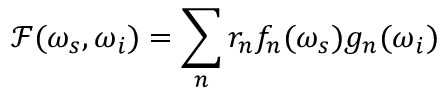
\mathcal { F } ( \omega _ { s } , \omega _ { i } ) = \sum _ { n } r _ { n } f _ { n } ( \omega _ { s } ) g _ { n } ( \omega _ { i } )